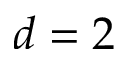
d = 2